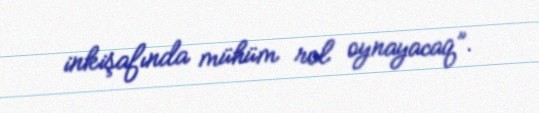
inkişafında mühüm rol oynayacaq”.